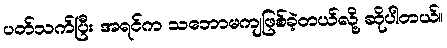
ပတ်သက်ပြီး အရင်က သဘောမကျဖြစ်ခဲ့တယ်လို့ ဆိုပါတယ်။